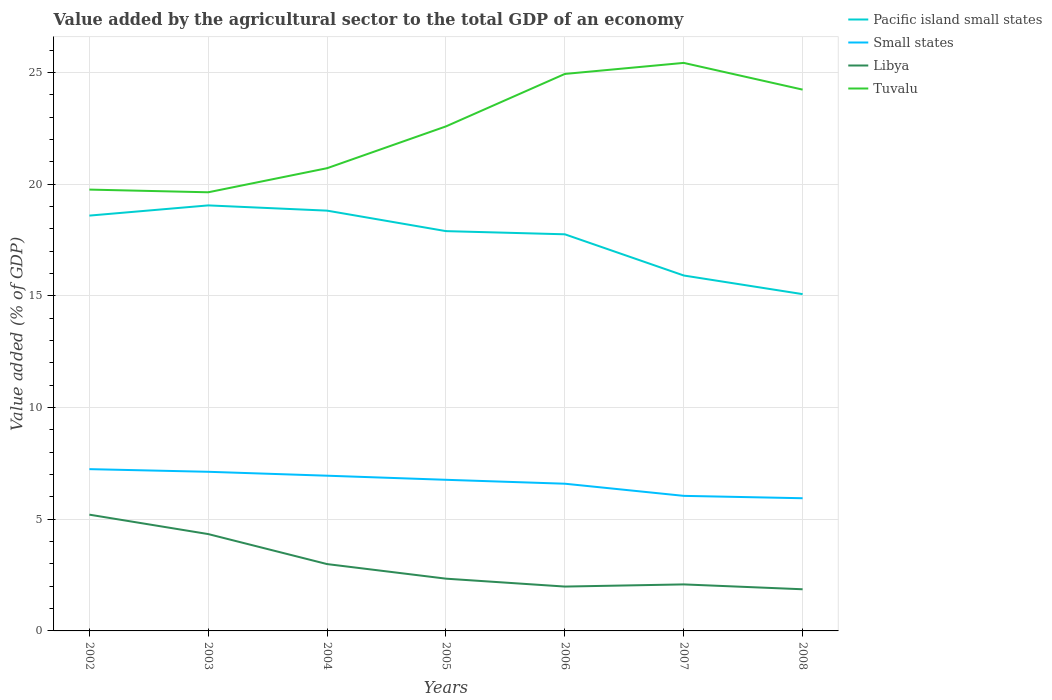
| Years | Pacific island small states | Small states | Libya | Tuvalu |
 | --- | --- | --- | --- | --- |
 | 2002 | 18.6 | 7.24 | 5.2 | 19.8 |
 | 2003 | 19.1 | 7.12 | 4.34 | 19.6 |
 | 2004 | 18.8 | 6.95 | 2.99 | 20.7 |
 | 2005 | 17.9 | 6.77 | 2.34 | 22.6 |
 | 2006 | 17.8 | 6.59 | 1.99 | 24.9 |
 | 2007 | 15.9 | 6.05 | 2.08 | 25.4 |
 | 2008 | 15.1 | 5.94 | 1.87 | 24.2 |